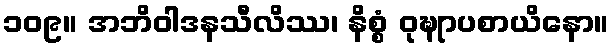
၁၀၉။ အဘိဝါဒနသီလိဿ၊ နိစ္စံ ဝုဍ္ဎုာပစာယိနော။